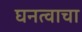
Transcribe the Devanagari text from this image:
घनत्वाचा